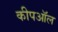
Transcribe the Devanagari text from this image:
कीपऑल